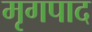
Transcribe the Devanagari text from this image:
मृगपाद